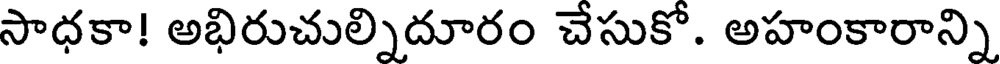
సాధకా! అభిరుచుల్నిదూరం చేసుకో. అహంకారాన్ని